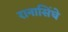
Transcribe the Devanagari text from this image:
रानासिंघे